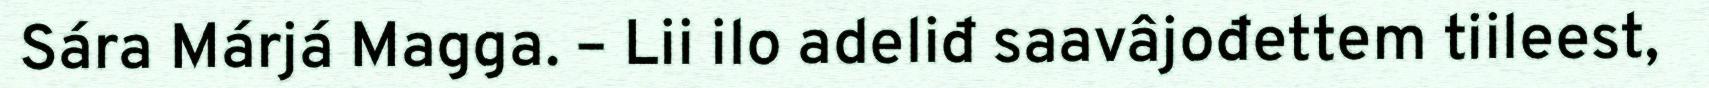
Sára Márjá Magga. – Lii ilo adeliđ saavâjođettem tiileest,